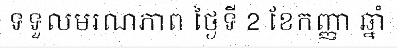
ទទួលមរណភាព ថ្ងៃទី 2 ខែកញ្ញា ឆ្នាំ